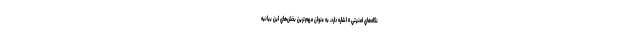
نگاه‌هاي امنيتي» اشاره دارد، به عنوان مهم‌ترين بخش‌هاي اين بيانيه